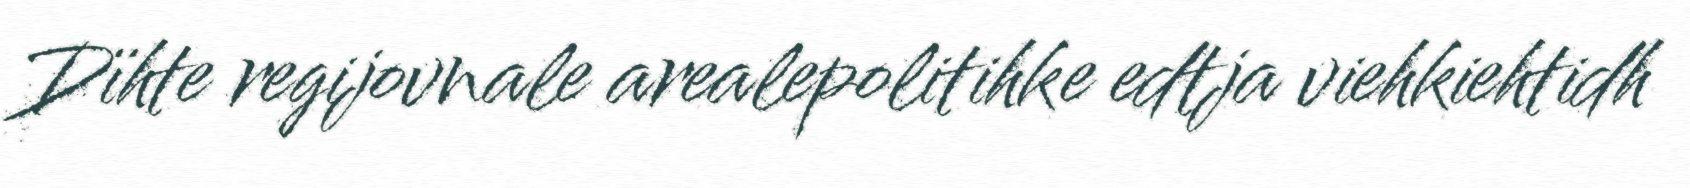
Dïhte regijovnale arealepolitihke edtja viehkiehtidh